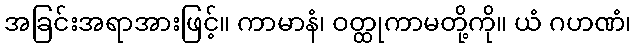
အခြင်းအရာအားဖြင့်။ ကာမာနံ၊ ဝတ္ထုကာမတို့ကို။ ယံ ဂဟဏံ၊